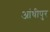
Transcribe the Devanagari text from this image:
आंधीपुर